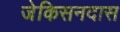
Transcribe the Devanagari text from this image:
जेकिसनदास